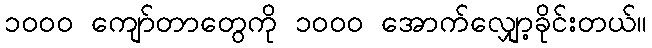
၁၀၀၀ ကျော်တာတွေကို ၁၀၀၀ အောက်လျှော့ခိုင်းတယ်။